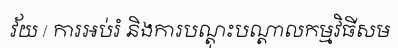
វ័យ / ការអប់រំ និងការបណ្តុះបណ្តាលកម្មវិធីសម